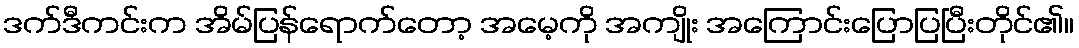
ဒက်ဒီကင်းက အိမ်ပြန်ရောက်တော့ အမေ့ကို အကျိုး အကြောင်းပြောပြပြီးတိုင်၏။